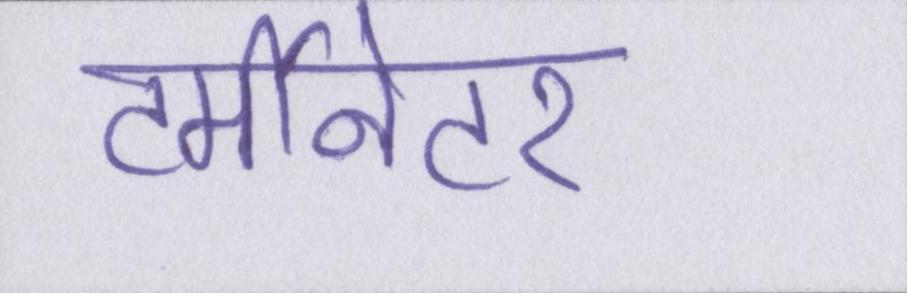
टर्मीनेटर